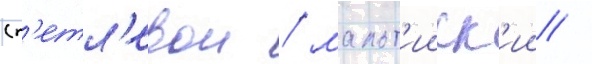
(п'етл'евои / мальт'ииск'ии /